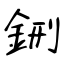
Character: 鉶